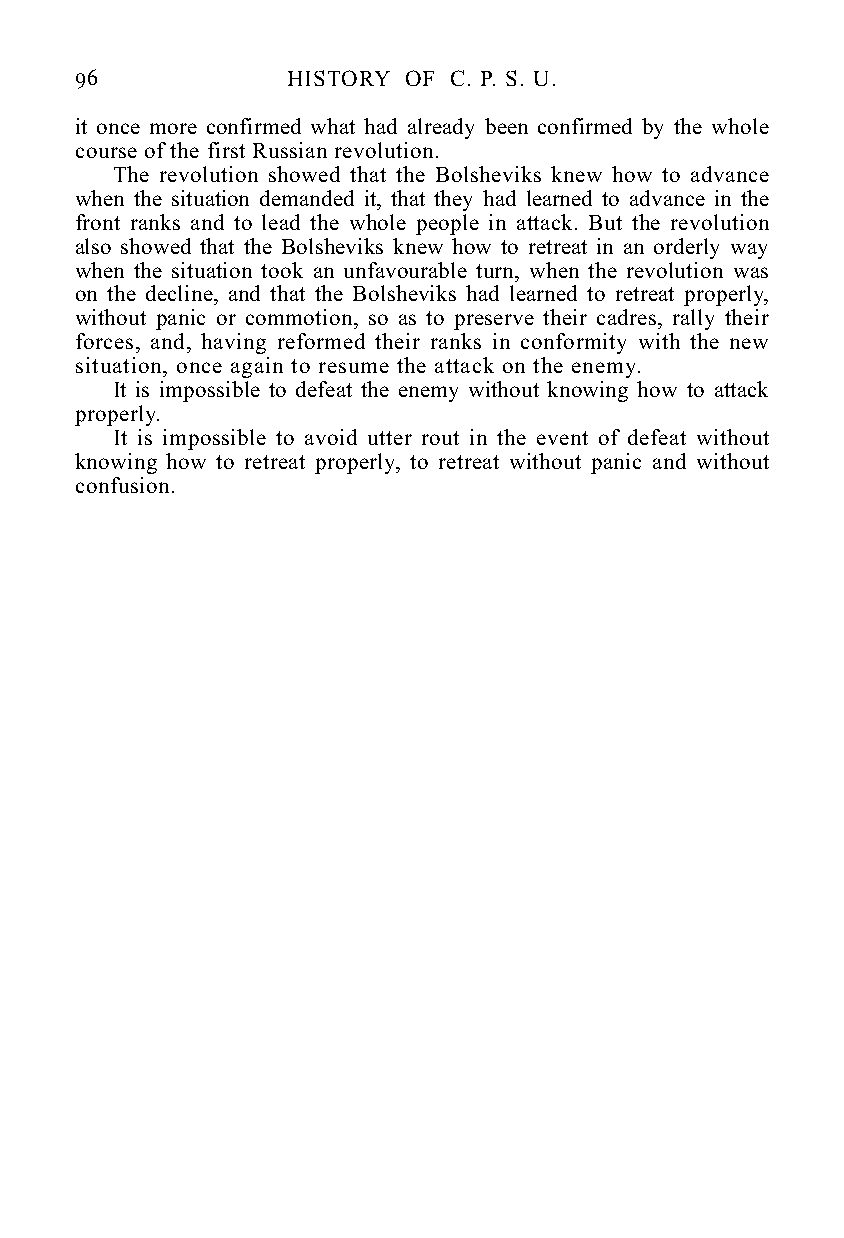
96            HISTORY OF C. P. S. U.
 it once more confirmed what had already been confirmed by the whole
 course of the first Russian revolution.
 The revolution showed that the Bolsheviks knew how to advance
 when the situation demanded it, that they had learned to advance in the
 front ranks and to lead the whole people in attack. But the revolution
 also showed that the Bolsheviks knew how to retreat in an orderly way
 when the situation took an unfavourable turn, when the revolution was
 on the decline, and that the Bolsheviks had learned to retreat properly,
 without panic or commotion, so as to preserve their cadres, rally their
 forces, and, having reformed their ranks in conformity with the new
 situation, once again to resume the attack on the enemy.
 It is impossible to defeat the enemy without knowing how to attack
 properly.
 It is impossible to avoid utter rout in the event of defeat without
 knowing how to retreat properly, to retreat without panic and without
 confusion.